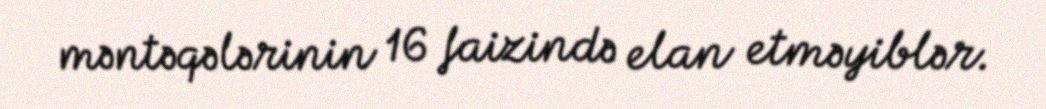
məntəqələrinin 16 faizində elan etməyiblər.